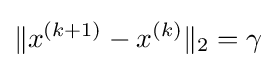
\lVert x^{(k+1)}-x^{(k)}\rVert _{2}=\gamma